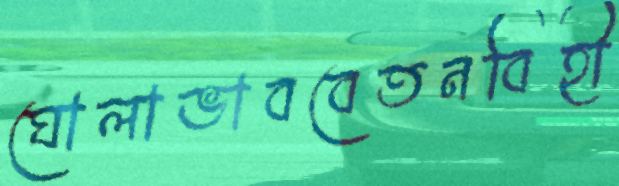
ঘোলাভাববেতনবিহী